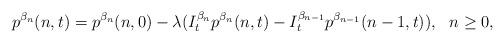
LaTeX: \begin{align*}p^{\beta_n}(n,t)=p^{\beta_n}(n,0)-\lambda(I_t^{\beta_n}p^{\beta_n}(n,t)-I_t^{\beta_{n-1}}p^{\beta_{n-1}}(n-1,t)),\ \ n\geq 0,\end{align*}